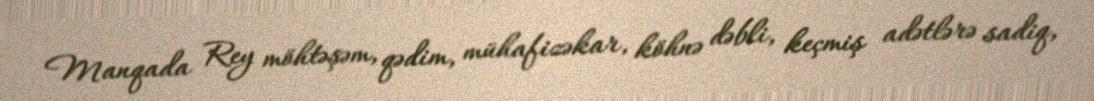
Manqada Rey möhtəşəm, qədim, mühafizəkar, köhnə dəbli, keçmiş adətlərə sadiq,